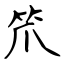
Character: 笊